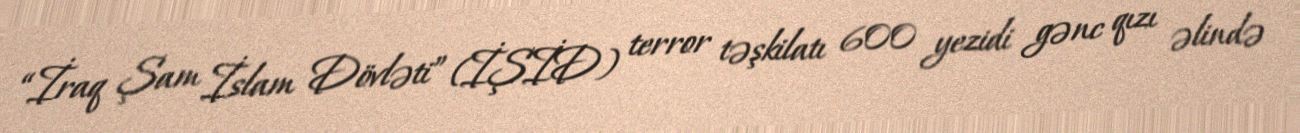
“İraq Şam İslam Dövləti” (İŞİD) terror təşkilatı 600 yezidi gənc qızı əlində